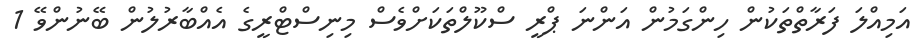
އަމިއްލަ ފަރާތްތަކުން ހިންގަމުން އަންނަ ޕްރީ ސްކޫލްތަަކަށްވެސް މިނިސްޓްރީގެ އެއްބާރުލުން ބޭނުންވޭ 1